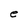
Character: e